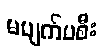
မပျက်မစီး